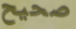
صحيح